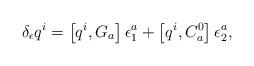
LaTeX: \begin{align*}\delta _\epsilon q^i=\left[ q^i,G_a\right] \epsilon _1^a+\left[q^i,C_a^0\right] \epsilon _2^a,\end{align*}